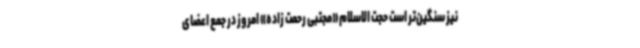
نیز سنگین‌تر است حجت الاسلام «مجتبی رحمت زاده» امروز در جمع اعضای